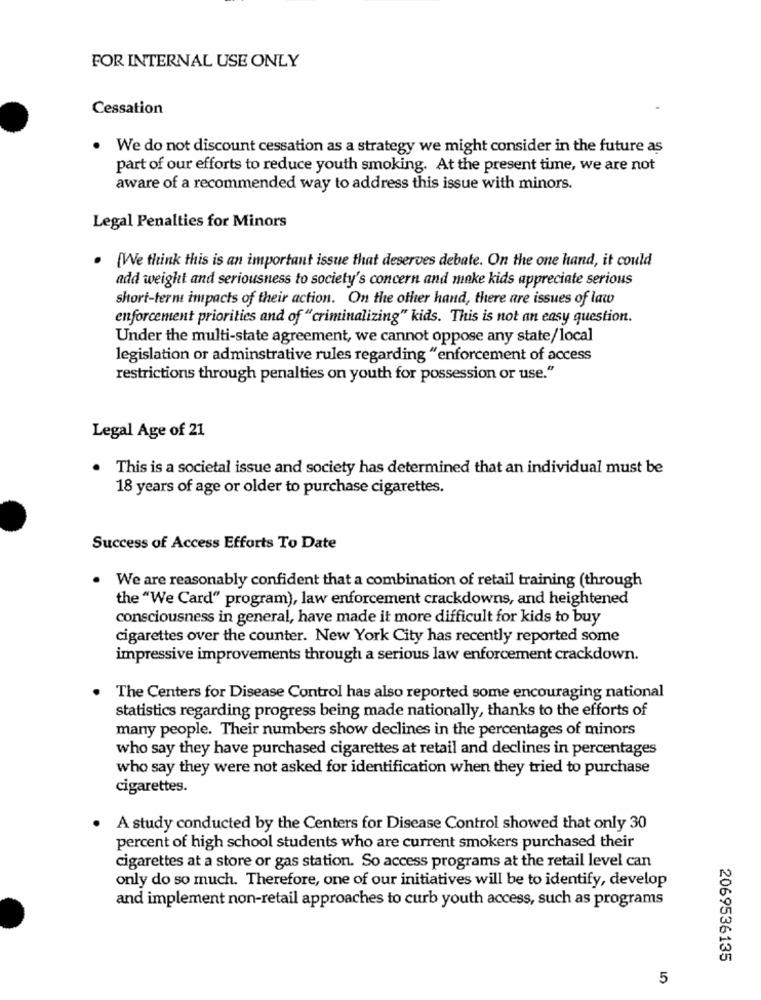
FOR INTERNAL USE ONLY
Cessation
. We do not discount cessation as a strategy we might consider in the future as
part of our efforts to reduce youth smoking. At the present time, we are not
aware of a recommended way to address this issue with minors.
Legal Penalties for Minors
. [We think this is an important issue that deserves debate. On the one hand, it could
add weight and seriousness to society's concern and make kids appreciate serious
short-term impacts of their action. On the other hand, there are issues of law
enforcement priorities and of "criminalizing" kids. This is not an easy question.
Under the multi-state agreement, we cannot oppose any state/local
legislation or adminstrative rules regarding "enforcement of access
restrictions through penalties on youth for possession or use."
Legal Age of 21
.
This is a societal issue and society has determined that an individual must be
18 years of age or older to purchase cigarettes.
Success of Access Efforts To Date
We are reasonably confident that a combination of retail training (through
the "We Card" program), law enforcement crackdowns, and heightened
consciousness in general, have made it more difficult for kids to buy
cigarettes over the counter. New York City has recently reported some
impressive improvements through a serious law enforcement crackdown.
The Centers for Disease Control has also reported some encouraging national
statistics regarding progress being made nationally, thanks to the efforts of
many people. Their numbers show declines in the percentages of minors
who say they have purchased cigarettes at retail and declines in percentages
who say they were not asked for identification when they tried to purchase
cigarettes.
A study conducted by the Centers for Disease Control showed that only 30
percent of high school students who are current smokers purchased their
cigarettes at a store or gas station. So access programs at the retail level can
only do so much. Therefore, one of our initiatives will be to identify, develop
and implement non-retail approaches to curb youth access, such as programs
2069536135
5